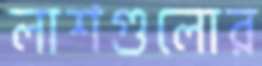
লাশগুলোর